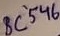
Text: BC546